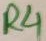
Text: R4